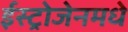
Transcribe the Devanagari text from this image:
ईस्ट्रोजेनमधे